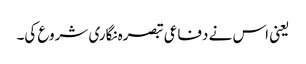
یعنی اس نے دفاعی تبصرہ نگاری شروع کی۔